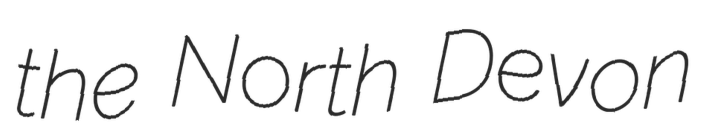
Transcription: the North Devon